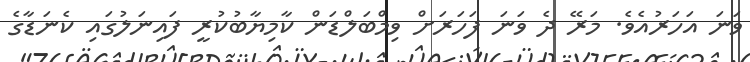
ވަނަ އަހަރުއެވެ. މަރޭ ދެ ވަނަ ފަހަރަށް ވިމްބަލްޑަން ކާމިޔާބުކުރީ ފައިނަލުގައި ކެނަޑާގެ